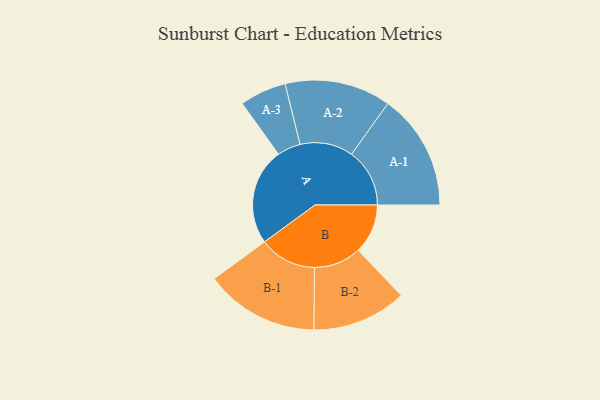
{"axis": {"x": "Segment", "y": "Value"}, "legend": ["", "A", "B"], "data": [{"x": "A", "y": 498, "type": ""}, {"x": "B", "y": 255, "type": ""}, {"x": "A-1", "y": 299, "type": "A"}, {"x": "A-2", "y": 273, "type": "A"}, {"x": "A-3", "y": 120, "type": "A"}, {"x": "B-1", "y": 294, "type": "B"}, {"x": "B-2", "y": 243, "type": "B"}]}